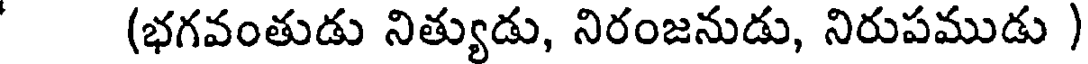
(భగవంతుడు నిత్యుడు, నిరంజనుడు, నిరుపముడు )